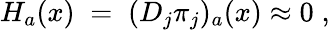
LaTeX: H_{a}(x)\; =\; (D_{j}\pi_{j})_{a}(x)\approx 0\; ,